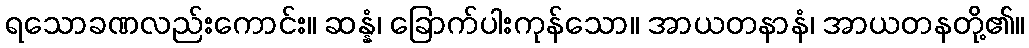
ရသောခဏလည်းကောင်း။ ဆန္နံ၊ ခြောက်ပါးကုန်သော။ အာယတနာနံ၊ အာယတနတို့၏။